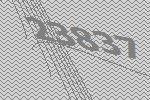
23837